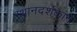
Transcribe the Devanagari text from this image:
स्थानदर्शकाने